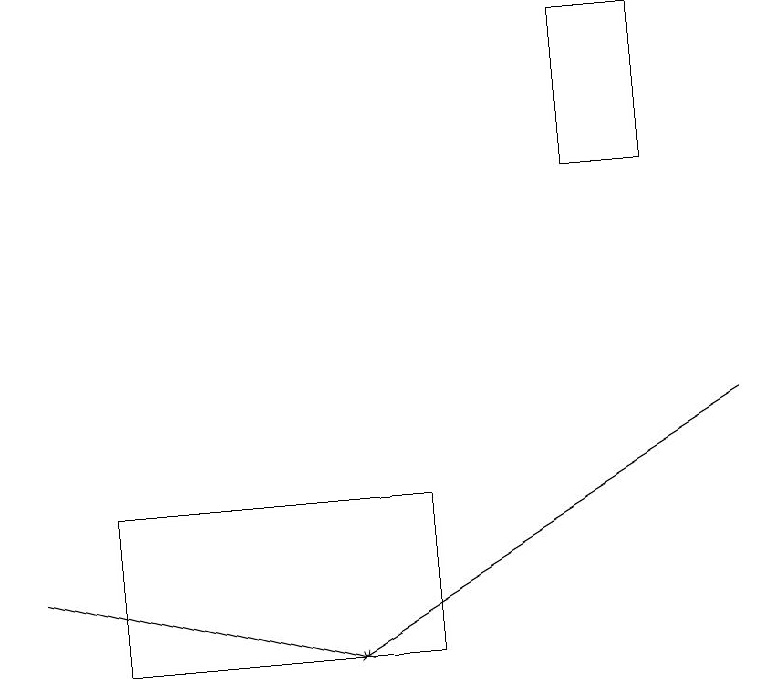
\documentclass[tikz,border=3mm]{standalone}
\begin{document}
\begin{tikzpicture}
\draw[->] (0,11) -- (4,10);
\draw (5,10) rectangle (1,12);
\draw (8,18) rectangle (7,16);
\draw[->] (9,13) -- (4,10);
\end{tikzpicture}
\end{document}